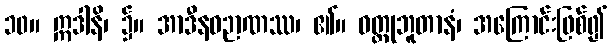
၁၀။ ဣဒါနိ၊ ၌။ အာဒီနဝဉာဏဿ၊ ၏။ ဝတ္ထုဘူတာနံ၊ အကြောင်းဖြစ်၍